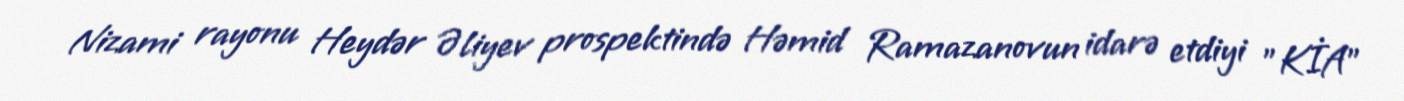
Nizami rayonu Heydər Əliyev prospektində Həmid Ramazanovun idarə etdiyi "KİA"